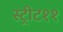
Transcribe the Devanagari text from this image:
स्ट्रीट११